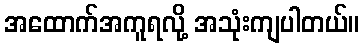
အထောက်အကူရလို့ အသုံးကျပါတယ်။